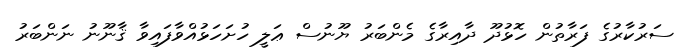
ސަރުކާރުގެ ފަރާތުން ހޮޅުދޫ ދާއިރާގެ މެންބަރު ޔޫނުސް ޢަލީ ހުށަހަޅުއްވާފައިވާ ޤާނޫނު ނަންބަރު